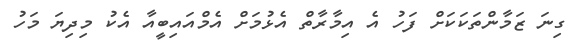
ގިނަ ޒަމާންތަކަކަށް ފަހު އެ އިމާރާތް އެޅުމަށް އެމްއައިބީއާ އެކު މިދިޔަ މަހު